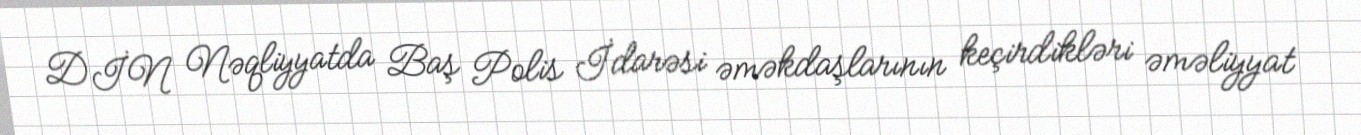
DİN Nəqliyyatda Baş Polis İdarəsi əməkdaşlarının keçirdikləri əməliyyat